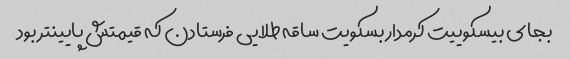
بجای بیسکوییت کرمدار بسکویت ساقه طلایی فرستادن که قیمتش پایینتر بود